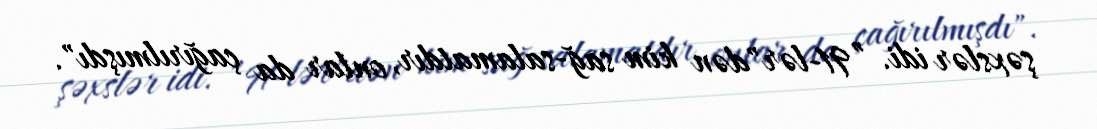
şəxslər idi. ”91-lər"dən kim sağ-salamatdır, onlar da çağırılmışdı".